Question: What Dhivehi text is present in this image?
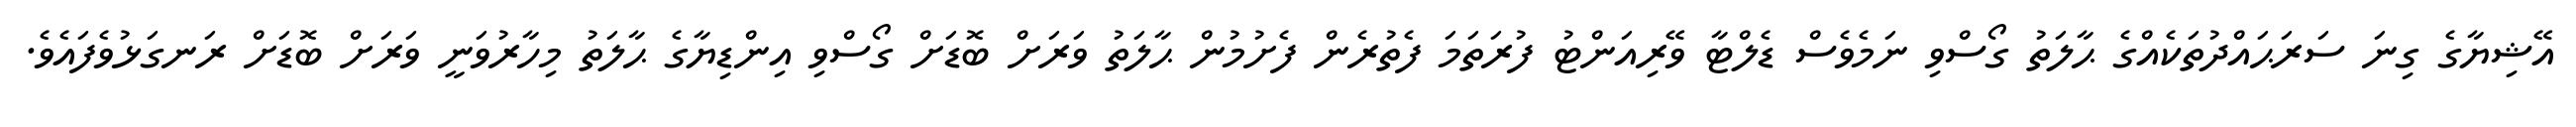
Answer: އޭޝިޔާގެ ގިނަ ސަރަޙައްދުތަކެއްގެ ޙާލަތު ގޯސްވި ނަމެވެސް ޑެލްޓާ ވޭރިއަންޓު ފުރަތަމަ ފެތުރެން ފެށުމުން ޙާލަތު ވަރަށް ބޮޑަށް ގޯސްވި އިންޑިޔާގެ ޙާލަތު މިހާރުވަނީ ވަރަށް ބޮޑަށް ރަނގަޅުވެފައެވެ.